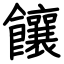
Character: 饟